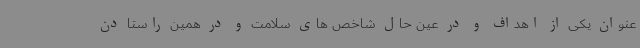
عنوان یکی از اهداف و در عین حال شاخص های سلامت و در همین راستا دن